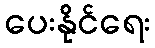
ပေးနိုင်ရေး